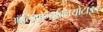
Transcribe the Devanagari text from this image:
ऑलिगोन्यूक्लियोटाइड